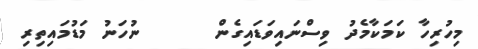
މިހުރިހާ ކަމަކާމެދު ވިސްނައިވަޑައިގެން      ނުހަނު މަޑުމައިތިރި